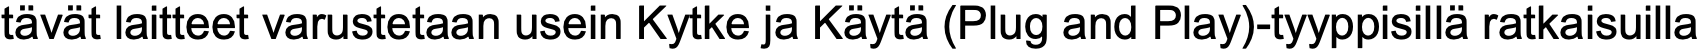
tävät laitteet varustetaan usein Kytke ja Käytä (Plug and Play)-tyyppisillä ratkaisuilla